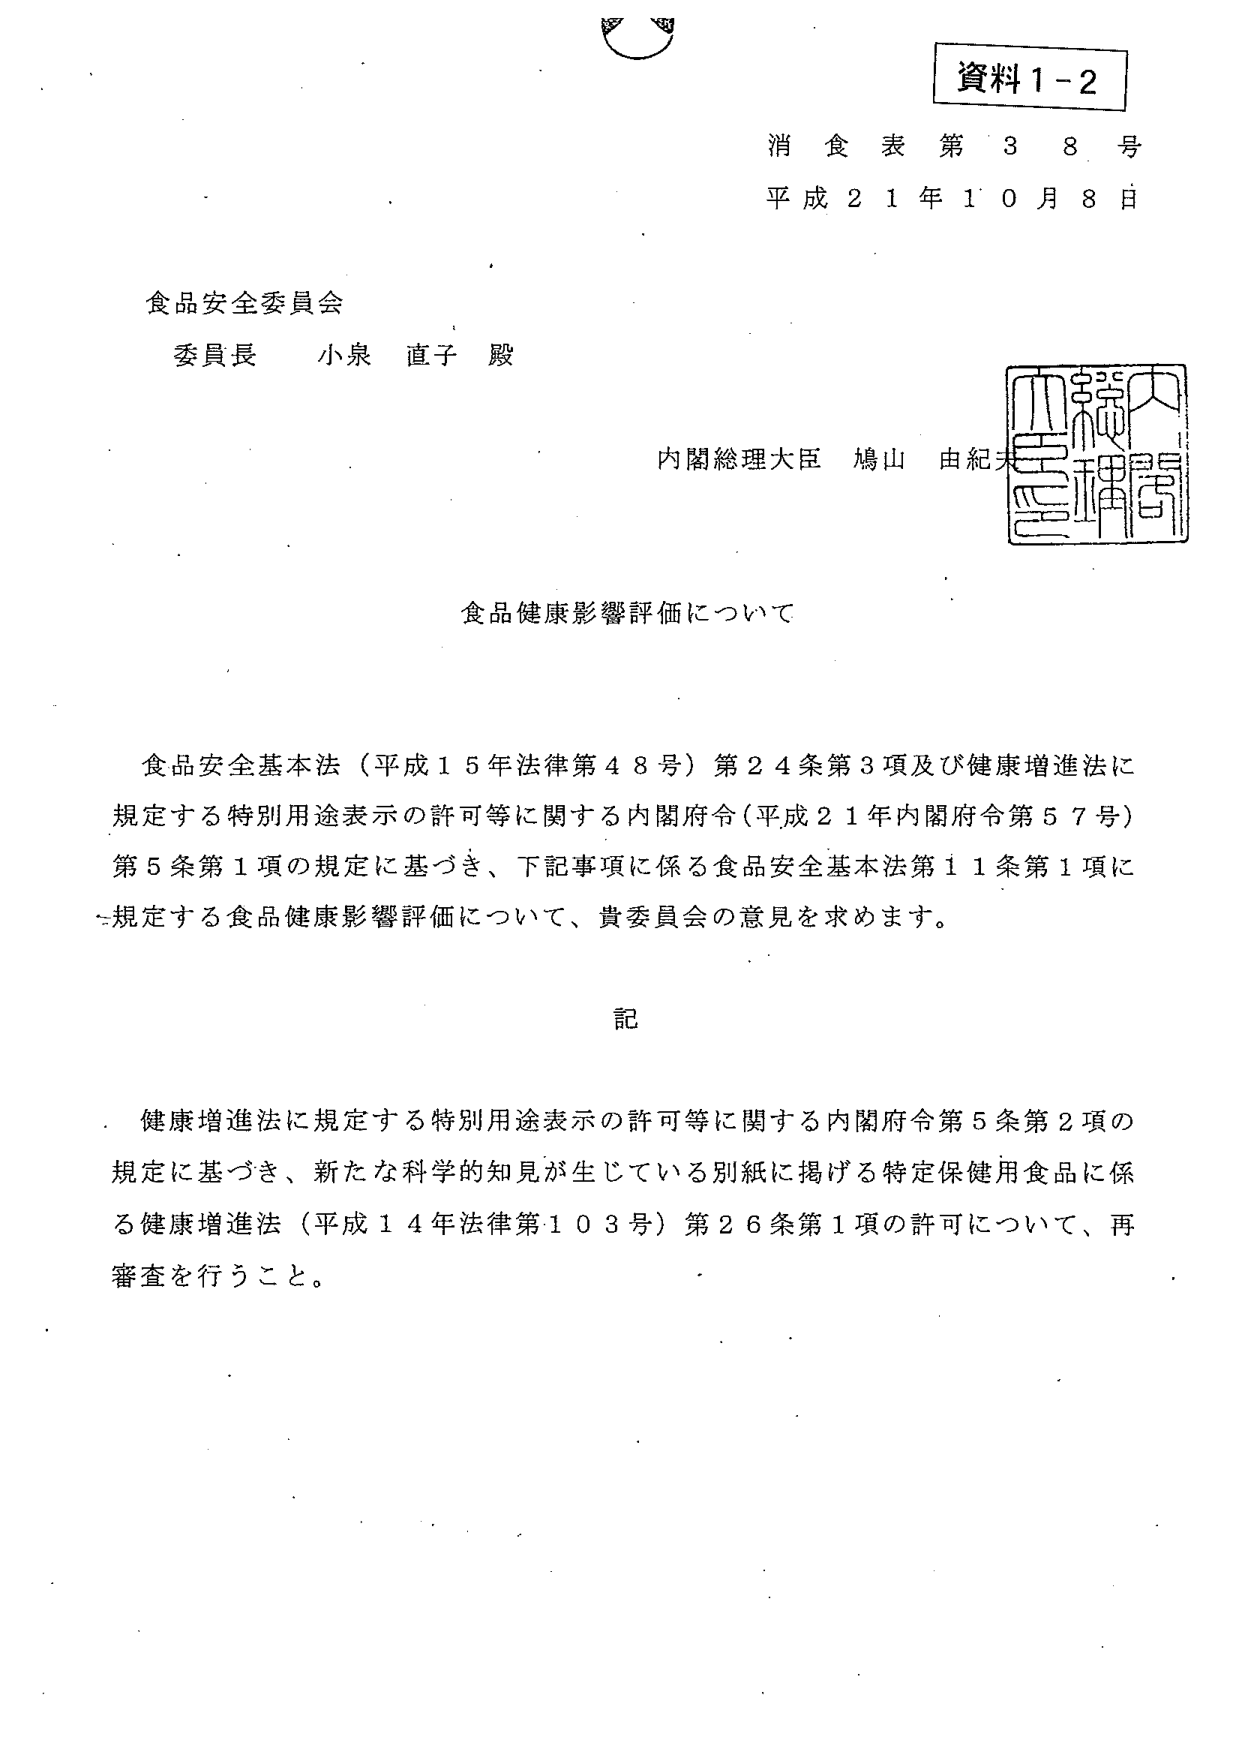
資料１－２
消 食 表 第 ３ ８ 号
平 成 ２ １ 年 １ ０ 月 ８ 日

食品安全委員会
委員長 小泉 直子 殿

内閣総理大臣 鳩山 由紀夫

食品健康影響評価について

食品安全基本法（平成１５年法律第４８号）第２４条第３項及び健康増進法に
規定する特別用途表示の許可等に関する内閣府令（平成２１年内閣府令第５７号）
第５条第１項の規定に基づき、下記事項に係る食品安全基本法第１１条第１項に
規定する食品健康影響評価について、貴委員会の意見を求めます。

記

健康増進法に規定する特別用途表示の許可等に関する内閣府令第５条第２項の
規定に基づき、新たな科学的知見が生じている別紙に掲げる特定保健用食品に係
る健康増進法（平成１４年法律第１０３号）第２６条第１項の許可について、再
審査を行うこと。